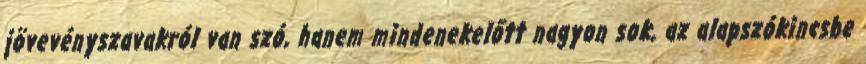
jövevényszavakról van szó, hanem mindenekelőtt nagyon sok, az alapszókincsbe